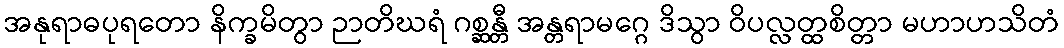
အနုရာဓပုရတော နိက္ခမိတွာ ဉာတိဃရံ ဂစ္ဆန္တီ အန္တရာမဂ္ဂေ ဒိသွာ ဝိပလ္လတ္ထစိတ္တာ မဟာဟသိတံ